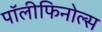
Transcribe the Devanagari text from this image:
पॉलीफिनोल्स